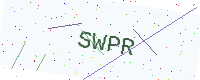
Text: SWPR